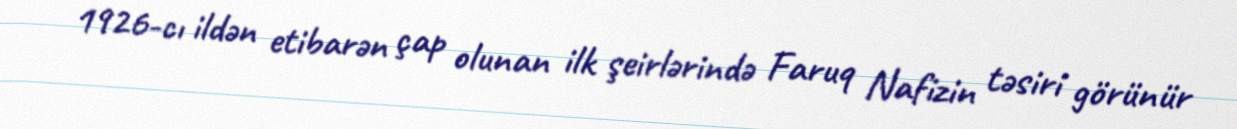
1926-cı ildən etibarən çap olunan ilk şeirlərində Faruq Nafizin təsiri görünür